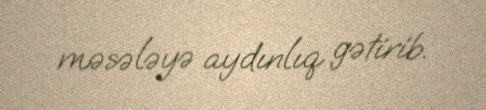
məsələyə aydınlıq gətirib.